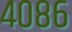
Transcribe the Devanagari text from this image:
४०८६